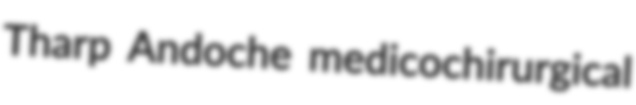
Tharp Andoche medicochirurgical